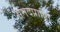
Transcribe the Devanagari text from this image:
सनदप्राप्ति